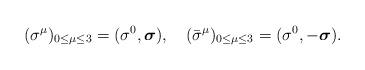
LaTeX: \begin{align*}({\sigma}^{\mu})_{0 \le \mu \le 3}=(\sigma^{0}, \mbox {\boldmath $\sigma$}), \quad ({\bar{\sigma}}^{\mu})_{0 \le \mu \le 3}=(\sigma^{0}, -\mbox {\boldmath $\sigma$}). \end{align*}